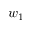
w _ { 1 }